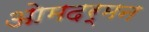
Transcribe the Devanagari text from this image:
ओमदर्मन